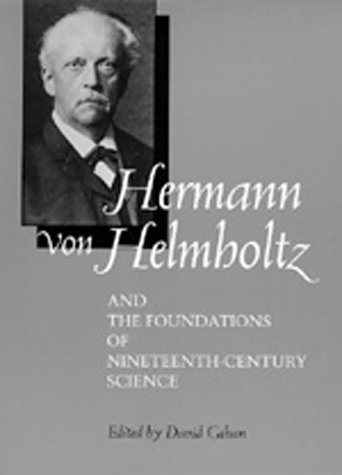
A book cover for Hermann von Helmholtz and the Foundations of Nineteenth-Century Science (California Studies in the History of Science); Biographies & Memoirs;